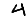
Digit: 4